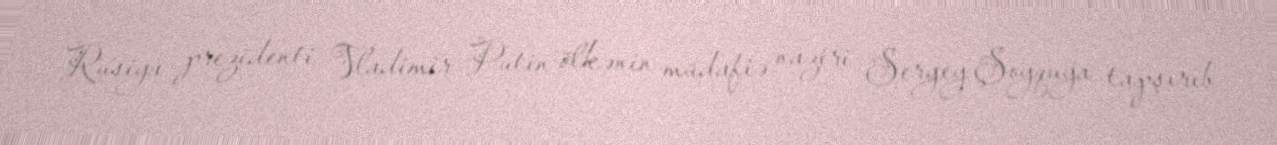
Rusiya prezidenti Vladimir Putin ölkənin müdafiə naziri Sergey Şoyquya tapşırıb